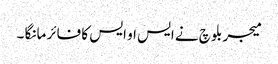
میجر بلوچ نے ایس او ایس کا فائر مانگا ۔